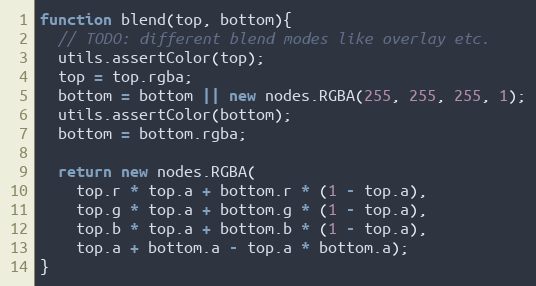
Language: JavaScript
function blend(top, bottom){
  // TODO: different blend modes like overlay etc.
  utils.assertColor(top);
  top = top.rgba;
  bottom = bottom || new nodes.RGBA(255, 255, 255, 1);
  utils.assertColor(bottom);
  bottom = bottom.rgba;

  return new nodes.RGBA(
    top.r * top.a + bottom.r * (1 - top.a),
    top.g * top.a + bottom.g * (1 - top.a),
    top.b * top.a + bottom.b * (1 - top.a),
    top.a + bottom.a - top.a * bottom.a);
}